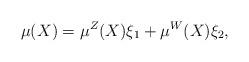
LaTeX: \begin{align*}\mu(X) = \mu^Z(X) \xi_1 + \mu^W(X) \xi_2,\end{align*}